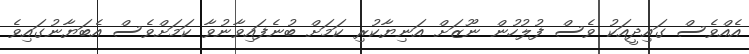
އެއްވެސް ގައިދީއަކު ވެސް ފުލުހުން ނޫޒަށް އަނިޔާކުރި ކަމަށް ބުނެފައިވާނުވާ ކަމަށްވެސް އެބަޔާނުގައިވެ